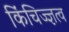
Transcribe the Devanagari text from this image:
किंचिज्ज्ञत्व